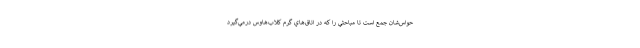
حواس‌شان جمع است تا مباحثي را كه در اتاق‌هاي گرم كلاب‌هاوس درمي‌گيرد